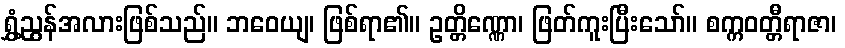
ရွှံ့ညွန်အလားဖြစ်သည်။ ဘဝေယျ၊ ဖြစ်ရာ၏။ ဥတ္တိဏ္ဏော၊ ဖြတ်ကူးပြီးသော်။ စက္ကဝတ္တီရာဇာ၊